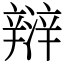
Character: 㵷